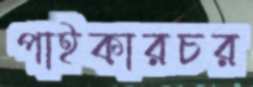
পাইকারচর